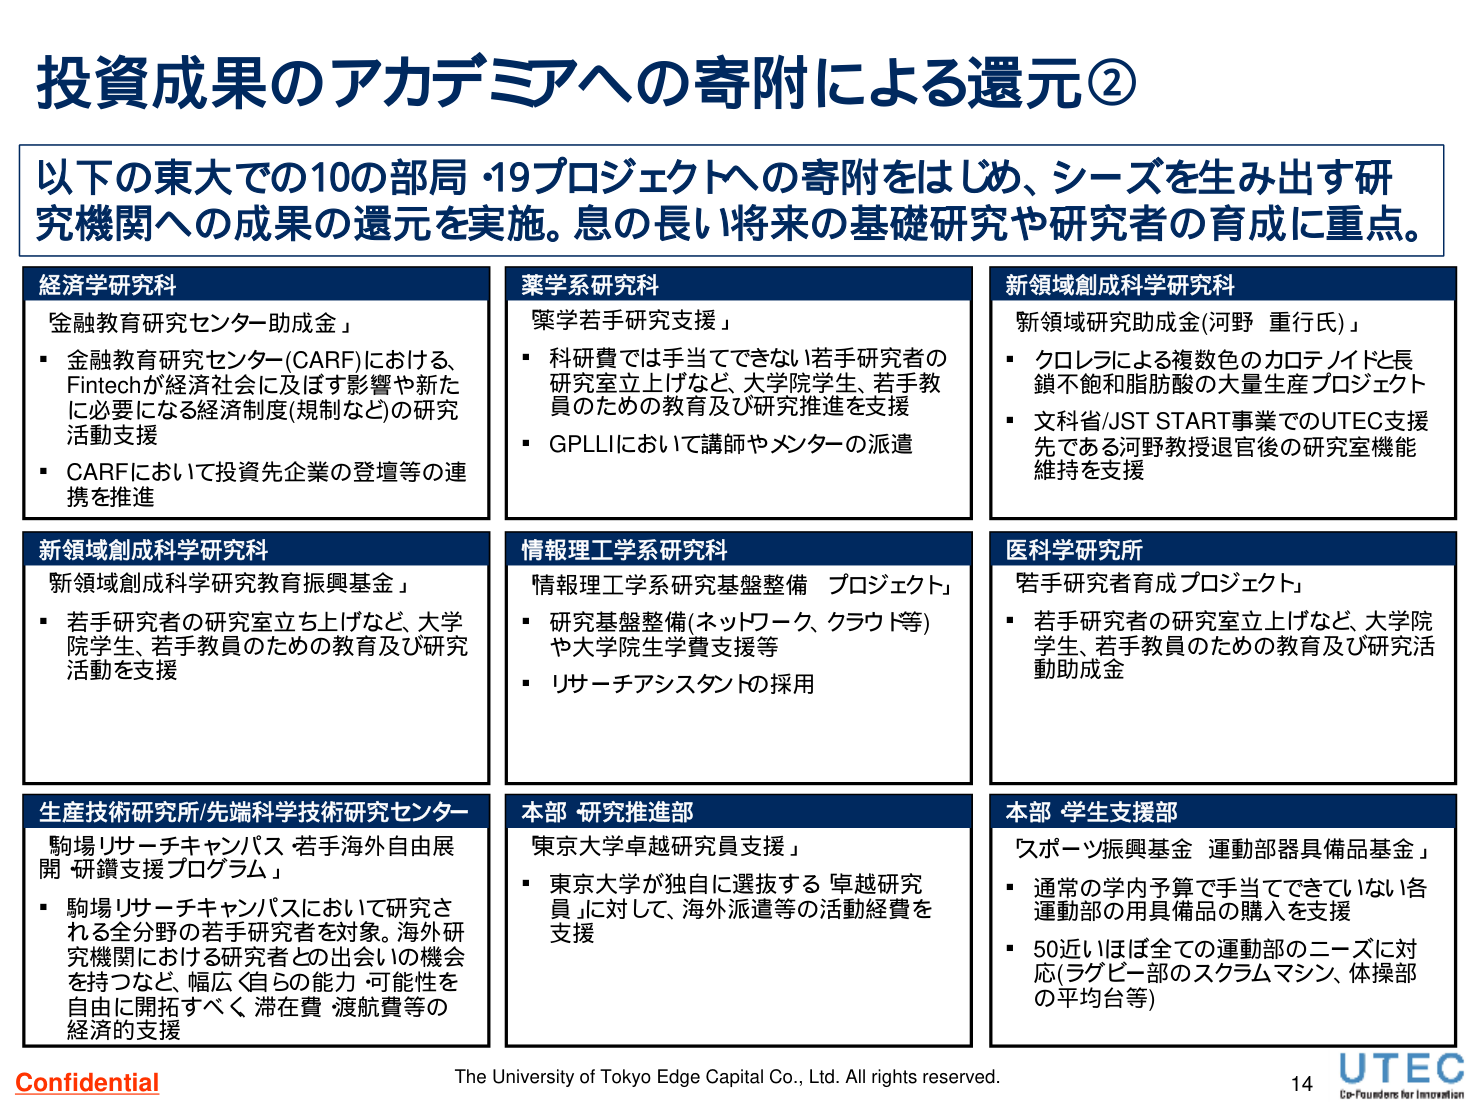
投資成果のアカデミアへの寄附による還元②

以下の東大での10の部局・19プロジェクトへの寄附をはじめ、シーズを生み出す研究機関への成果の還元を実施。息の長い将来の基礎研究や研究者の育成に重点。

経済学研究科
「金融教育研究センター助成金」
・金融教育研究センター(CARF)における、Fintechが経済社会に及ぼす影響や新たに必要になる経済制度(規制など)の研究活動支援
・CARFにおいて投資先企業の登壇等の連携を推進

薬学系研究科
「薬学若手研究支援」
・科研費では手当てできない若手研究者の研究室立ち上げなど、大学院学生、若手教員のための教育及び研究推進を支援
・GPLLIにおいて講師やメンターの派遣

新領域創成科学研究科
「新領域研究助成金(河野 重行氏)」
・クロレラによる複数色のカロテノイドと長鎖不飽和脂肪酸の大量生産プロジェクト
・文科省/JST START事業でのUTEC支援先である河野教授退官後の研究室機能維持を支援

新領域創成科学研究科
「新領域創成科学研究教育振興基金」
・若手研究者の研究室立ち上げなど、大学院学生、若手教員のための教育及び研究活動を支援

情報理工学系研究科
「情報理工学系研究基盤整備 プロジェクト」
・研究基盤整備(ネットワーク、クラウド等)や大学院生学費支援等
・リサーチアシスタントの採用

医科学研究所
「若手研究者育成プロジェクト」
・若手研究者の研究室立ち上げなど、大学院学生、若手教員のための教育及び研究活動助成金

生産技術研究所/先端科学技術研究センター
「駒場リサーチキャンパス 若手海外自由展開 研鑽支援プログラム」
・駒場リサーチキャンパスにおいて研究される全分野の若手研究者を対象。海外研究機関における研究者との出会いの機会を持ちながら、幅広く自らの能力・可能性を自由に開拓すべく滞在費・渡航費等の経済的支援

本部 研究推進部
「東京大学卓越研究員支援」
・東京大学が独自に選抜する「卓越研究員」に対して、海外派遣等の活動経費を支援

本部 学生支援部
「スポーツ振興基金 運動部器具備品基金」
・通常の学内予算で手当てできていない各運動部の用具備品の購入を支援
・50近いほぼ全ての運動部のニーズに対応(ラグビー部のスクラムマシン、体操部の平均台等)

Confidential
The University of Tokyo Edge Capital Co., Ltd. All rights reserved.
14
UTEC
Co-Founders for Innovation